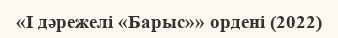
«I дәрежелі «Барыс»» ордені (2022)